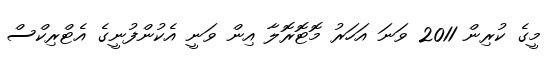
މީގެ ކުރިން 2011 ވަނަ އަހަރު މޮޓޮރޮލާ އިން ވަނީ އެކުންފުނީގެ އެޓްރިކްސް